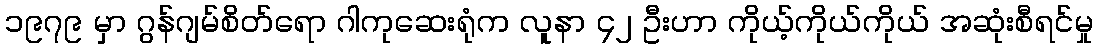
၁၉၇၉ မှာ ဂွန်ဂျမ်စိတ်ရော ဂါကုဆေးရုံက လူနာ ၄၂ ဦးဟာ ကိုယ့်ကိုယ်ကိုယ် အဆုံးစီရင်မှု